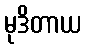
မုဒိတာယ